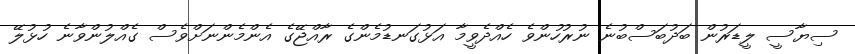
ސިޔާސީ ލީޑަރުން ބަދުބަސްބުނެ ނުރުހުންވެ ހެއްދެވީމާ އަޅުގަނޑުމެންގެ ރާއްޖޭގެ އެންމެންނަށްވެސް ގެއްލުންވާނެ ހުޅުލޭ